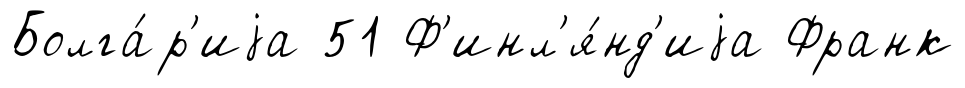
Болга́р'иjа 51 Ф'инл'я́нд'иjа Франк